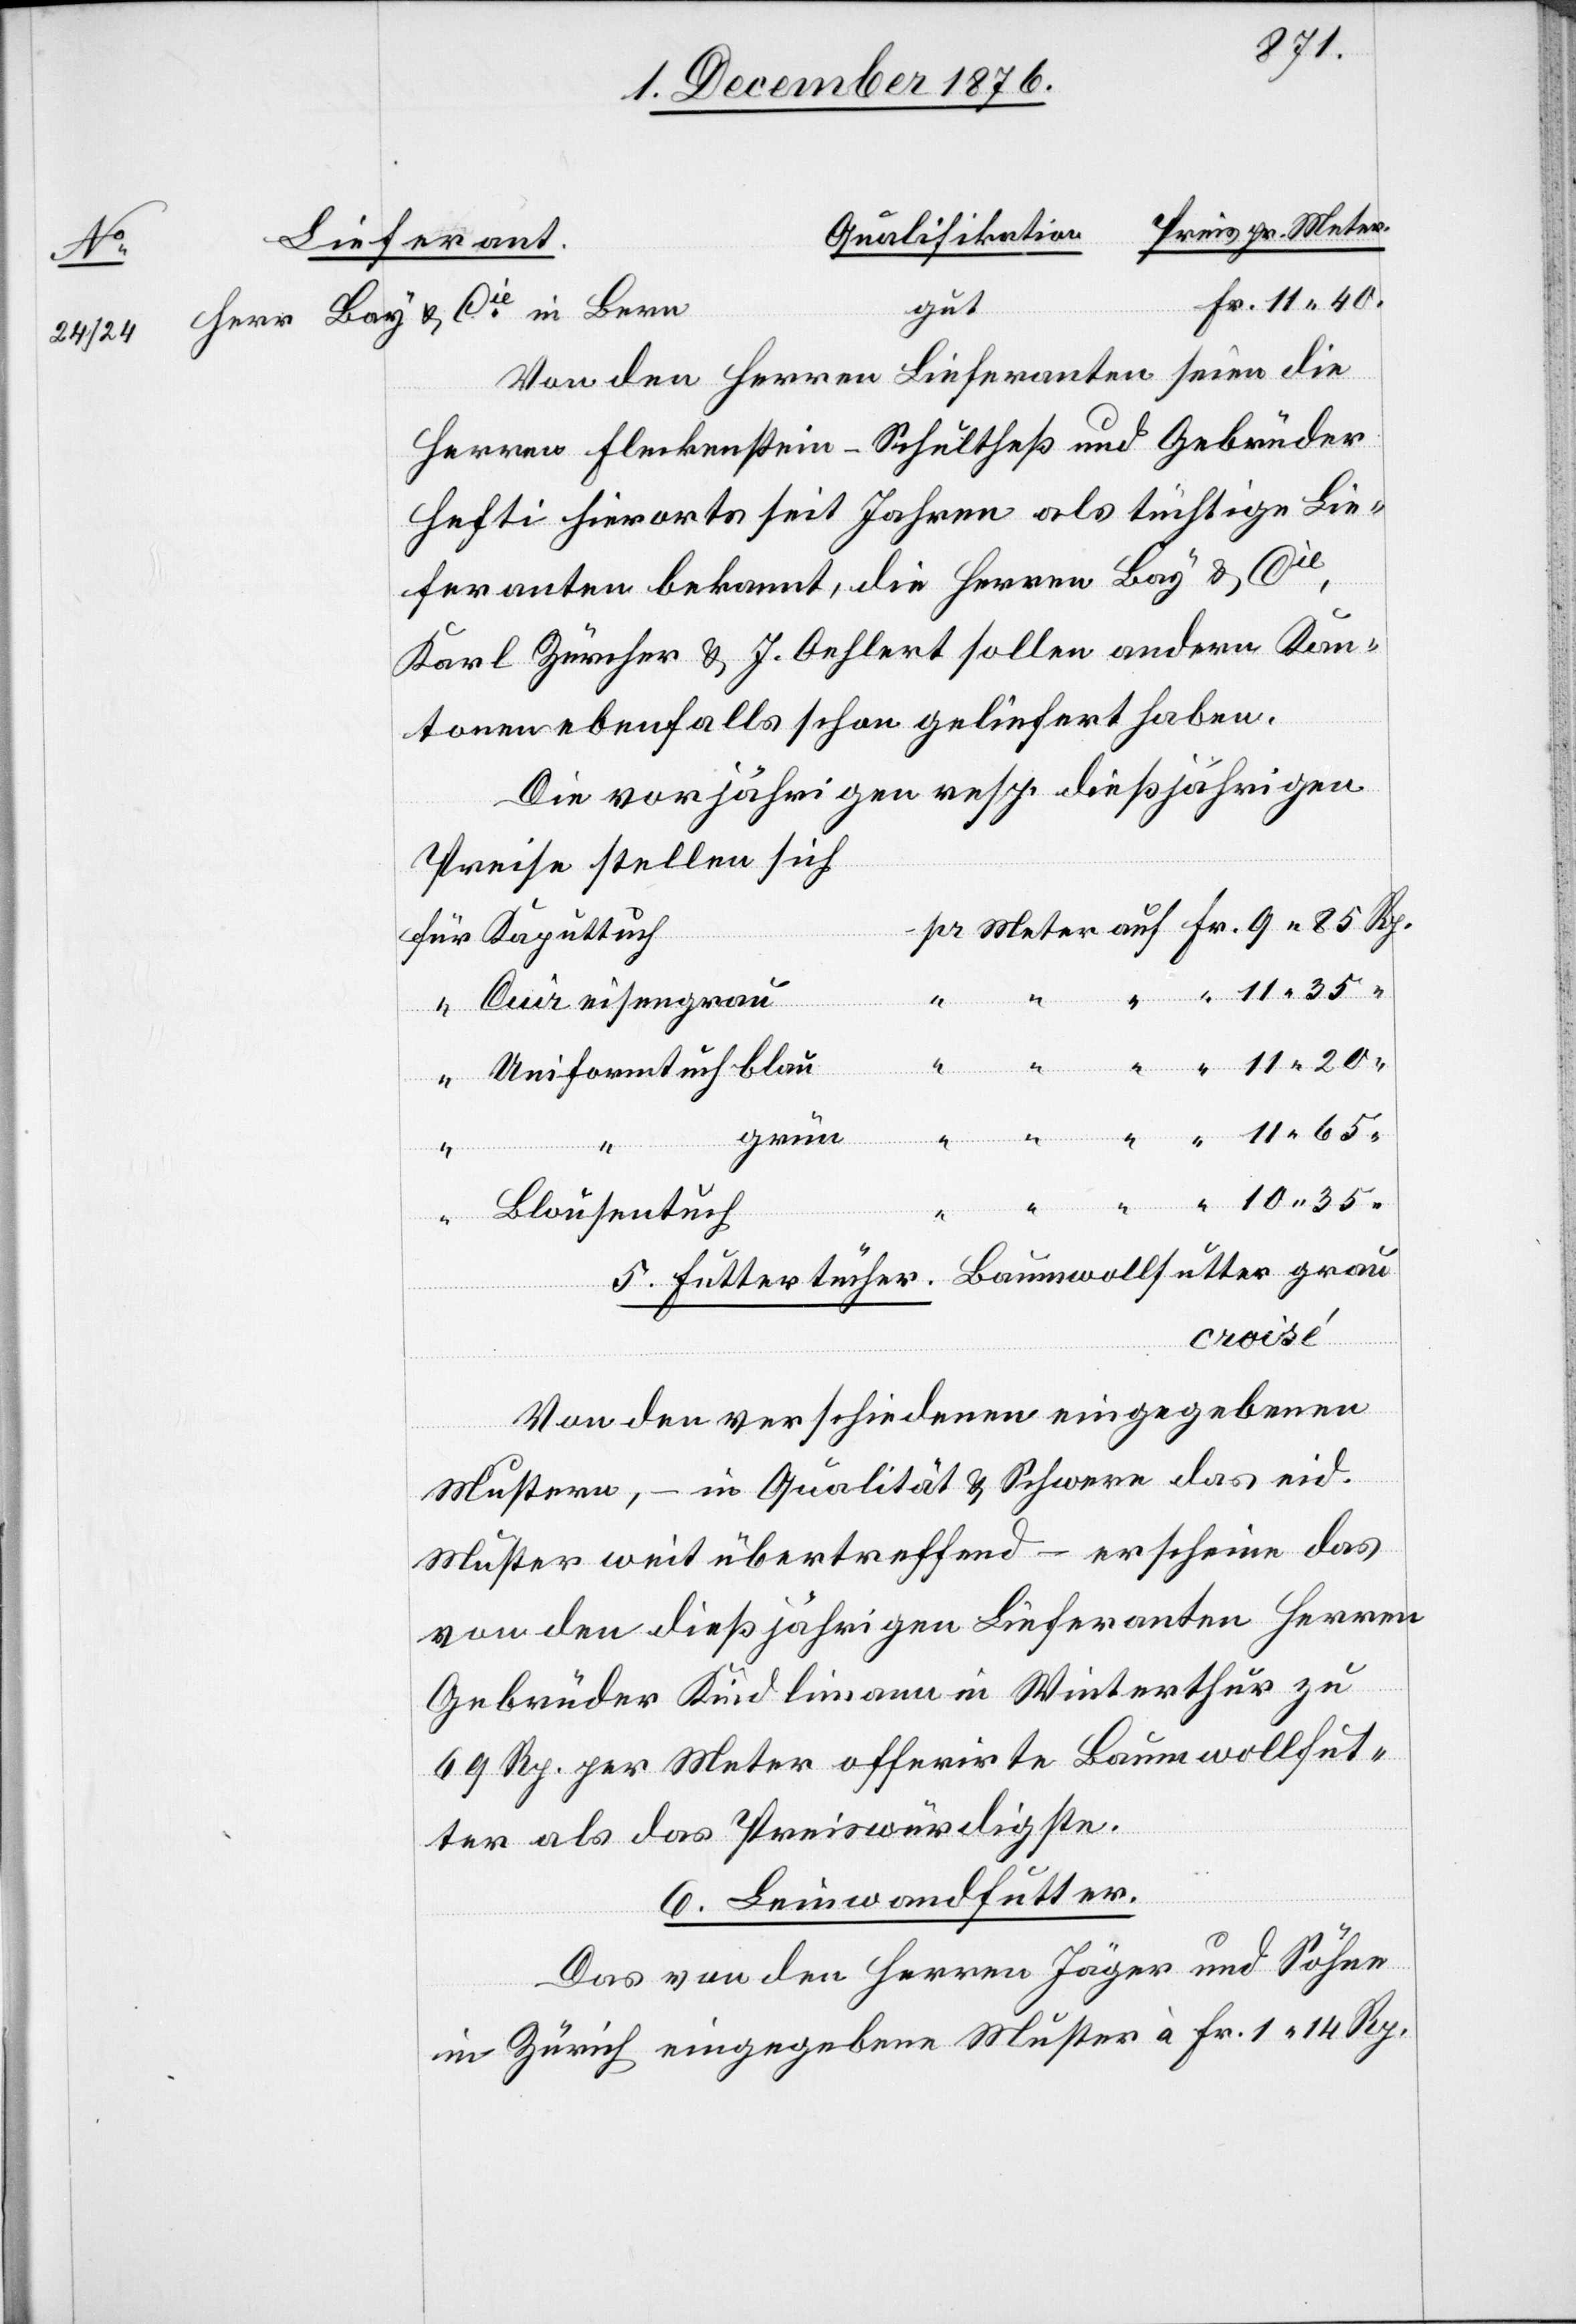
11
eisengrau
gut
Von den Herren Lieferanten seien die
Herren Fleckenstein-Schultheß und Gebrüder
Hefti hierorts seit Jahren als tüchtige Lie¬
feranten bekannt, die Herren Bay & Cie,
Karl Zürcher & J. Oehlert sollen andern Kan¬
tonen ebenfalls schon geliefert haben.
Die vorjährigen resp. dießjährigen
Preise stellen sich
“
10
35
Uniformtuch blau
grün
40.
Rp.
Blousontuch
Futtertücher. Baumwollfutter grau
Von den verschiedenen eingegebenen
Mustern, – in Qualität & Schwere das eid.
Muster weit übertreffend – erscheine das
von den dießjährigen Lieferanten Herren
Gebrüder Kindlimann in Winterthur zu
69 Rp. per Meter offerirte Baumwollfut¬
ter als das Preiswürdigste.
6. Leinwandfutter.
Das von den Herren Jäger und Söhne
in Zürich eingegebene Muster à Fr. 1 14 Rp.